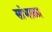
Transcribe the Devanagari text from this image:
सांभाळा